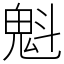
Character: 魁